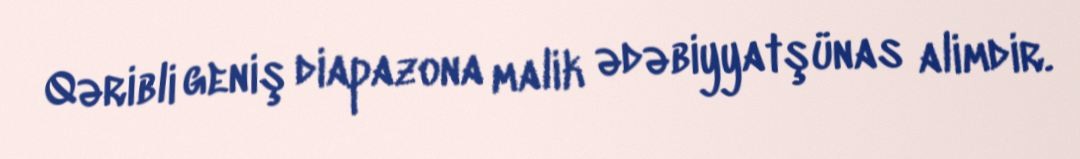
Qəribli geniş diapazona malik ədəbiyyatşünas alimdir.